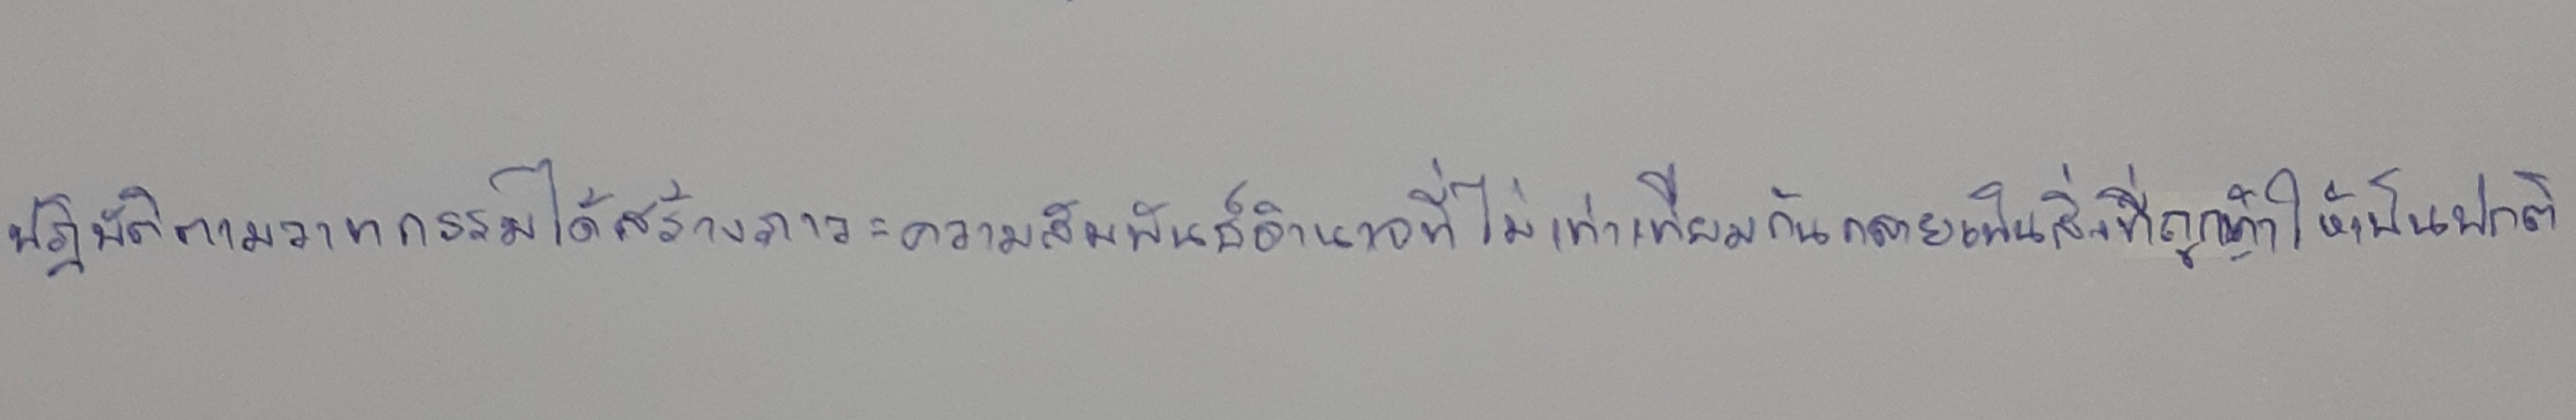
ปฏิบัติการวาทกรรมได้สร้างภาวะความสัมพันธ์อำนาจที่ไม่เท่าเทียมกันกลายเป็นสิ่งที่ถูกทำให้เป็นปกติ